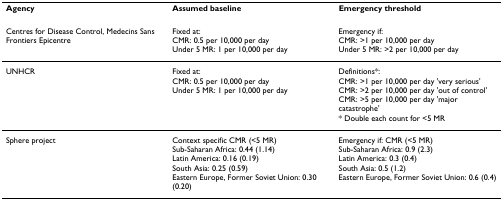
| Agency | Assumed baseline | Emergency threshold |
 | --- | --- | --- |
 | Centres for Disease Control, Medecins Sans Frontiers Epicentre | Fixed at:CMR: 0.5 per 10,000 per dayUnder 5 MR: 1 per 10,000 per day | Emergency if:CMR: >1 per 10,000 per dayUnder 5 MR: >2 per 10,000 per day |
 | UNHCR | Fixed at:CMR: 0.5 per 10,000 per dayUnder 5 MR: 1 per 10,000 per day | Definitions*:CMR: >1 per 10,000 per day 'very serious'CMR: >2 per 10,000 per day 'out of control'CMR: >5 per 10,000 per day 'major catastrophe'* Double each count for <5 MR |
 | Sphere project | Context specific CMR (<5 MR)Sub-Saharan Africa: 0.44 (1.14)Latin America: 0.16 (0.19)South Asia: 0.25 (0.59)Eastern Europe, Former Soviet Union: 0.30 (0.20) | Emergency if: CMR (<5 MR)Sub-Saharan Africa: 0.9 (2.3)Latin America: 0.3 (0.4)South Asia: 0.5 (1.2)Eastern Europe, Former Soviet Union: 0.6 (0.4) |